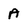
Character: A